Vital statistics of India. Vol. VI, European troops 1870-79
Year: 1870
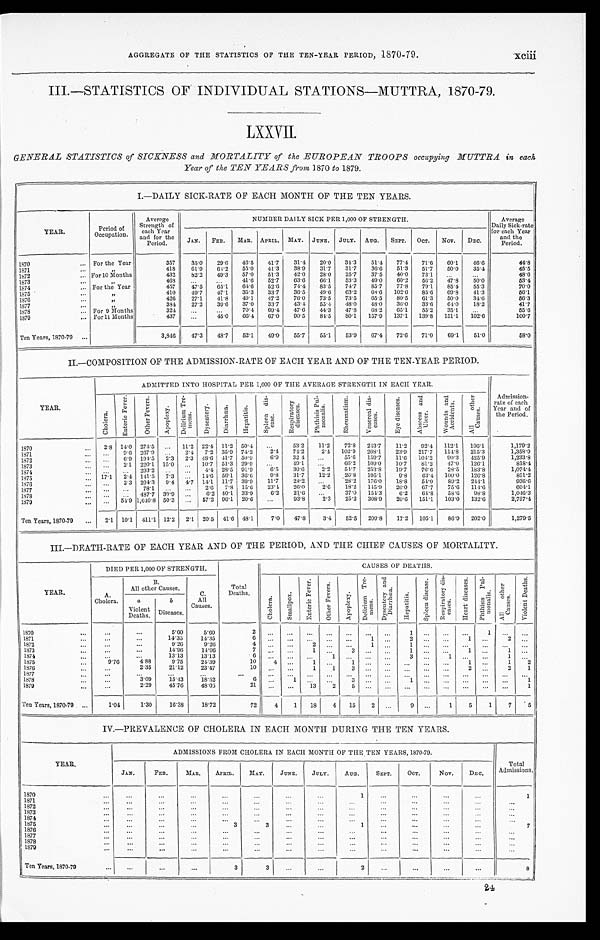
xciii
AGGREGATE OF THE STATISTICS OF THE TEN-YEAR PERIOD, 1870-79.
III.—STATISTICS OF INDIVIDUAL STATIONS—MUTTRA, 1870-79.
LXXVII.
GENERAL STATISTICS of SICKNESS and MORTALITY of the EUROPEAN TROOPS occupying MUTTRA in each
Year of the TEN YEARS from 1870 to 1879.
I.—DAILY SICK-RATE OF EACH MONTH OF THE TEN YEARS.
YEAR.
Period o
f O c c u p a t i o n .
Average
Strength of
each Year
and for the
Period.
NUMBER DAILY SICK PER 1,000 OF STRENGTH.
Average
Daily Sick-rate
for each Year
and the
Per i od.
JAN. FEB.
M A R . APRIL. MAY. JUNE. JULY. AUG. SEPT. OCT. NOV. DEC.
1870
For the Year
357 35.0 29.6 46.5 41.7 31.4 20.0 34.3 51.4 77.4 71.6 60.1 46. 6
44. 8
1 8 7 1 „
418 61.9 64.2 55.0 41.3 38.9 31.7 31.7 36.6 51.3 51.7 50.0 35. 4
45. 5
1872
For 10 Months
432 82.2 49.3 57.0 51.3 42.0 28.0 25.7 37.5 40.0 73.1
48. 6
1873
„ 468
41.6 52.7 63.6 66.1 53.3 49.0 60.2 56.2 4 7 . 8
50. 0
53. 4
1874
For the Year
457
4 7 . 5 65.1 64.6 52.6 74.4 83.5 74.7 85.7 77.8 79.1 85.4 55. 3
70. 0
1875
„
410 49.7 47.1 35.3 33.7 36.5 49.6 63.2 68.6 102.6 85.6 69.8 41.3
56. 1
1876
„
426 27.1 41.8 49.1 47.2 76.0 73.5 73.5 65.5 80.5 61.3 50.0 34. 6
56. 3
1877
„
384 27.2 39.6 37.0 33.7 43.4 55.4 48.0 48.0 36.0 33.6 64.0 18. 2
41. 7
1 8 7 8
For 9 Months
324
70.4 69.4 47.6 44.3
4 7 . 8 68.2 65.1 55. 2 35.1
55. 6
1879
For 11 Months
437
45.0 66.4 67.0 90.5 84.5 80.1 157.9 137.1 139.8 151.1 102. 6
100. 7
Ten Years, 1870-79
3,846 47.3 48.7 52.1 49.0 55.7 55.1 53.9 67.4 72.6 71.0 69.1 51. 0
58. 0
II.—COMPOSITION OF THE ADMISSION-RATE OF EACH YEAR AND OF THE TEN-YEAR PERIOD.
YEAR.
ADMITTED INTO HOSPITAL PER 1,000 OF THE AVERAGE STRENGTH IN EACH YEAR.
Admission-
rate of each
Year and of
the Period.
C h o l e r a .
E n t e r i c F e v e r .
O t h e r F e v e r s .
A p o p l e x y .
D e l i r i u m T r e -
m e n s .
D y s e n t e r y . D i a r r h œ a . H e p a t i t i s .
S p l e e n d i s -
e a s e .
R e s p i r a t o r y
d i s e a s e s .
P h t h i s i s P u l -
m o n a l i s .
R h e u m a t i s m . V e n e r e a l d i s -
e a s e s .
E y e d i s e a s e s .
A b s e s s a n d
U l c e r .
W o u n d s a n d
A c c i d e n t s .
Al l o t h e r
Caus es .
1870
2.8 14.0 274.5
11.2 22.4 11.2
5 0 . 4
53.2 11.2 72.8 243.7 11.2 92.4 112. 1 196.1
1, 179. 2
1871
9.6 267.9
2.4 7.2 35.9 74.2 2.4 74.2 2.4 102.9 208.1 23.9 217.7 114. 8 215.3
1, 358. 9
1 8 7 2
6.9 194.5 2. 3 2.3 48. 6 41.7 50.9 6.9 32 4
55.6 159.7 11.6 104.2
9 0 . 3 425.9
1, 233. 8
1873
2.1 220.1 15.0
10.7 51.3 29.9
49.1
6 6 . 2 109.0 10.7 81.2 47. 0 126.1
818. 4
1874
293.2
4.4 28.5 91.9 6.5 30.6 2.2 54.7 253.8 19.7 76.6 28. 5 183.8
1, 074. 4
1 8 7 5 17.1 2.4 141.5 7.3
14. 6 56.1 36.6 9.8 31.7 12.2 26.8 195.1 9.8 63.4
1 0 0 . 0 126.8
851.2
1876
2.3 204.3 9. 4 4.7 14.1 11.7 39.9 11.7 28.2
28.2 176.0 18.8 54.0 89. 2 244.1
936. 6
1877
78.1
2. 6 7.8 15.6 23.4 26.0 2.6 18.2 145.9 26.0 67.7 75. 6 114.6
604. 1
1878
487.7 39.9
6.2 40.1 33.9 6.2 21.6
37.0 154.3
6 . 2 64.8 58. 6 98.8
1, 046. 3
1 8 7 9
54.9 1,640.8 50.3
57.2 96.1 20.6
93.8 2.3 25.2 308.9 20.6 151.1 103. 0 132.6
2, 757. 4
Ten Years, 1870-79
2.1 10.1 411.1 12.2 2.1 20.5 41.6 48. 1
7 . 0 47.8 3.4 52.5 209.8 17.2 105.1 86. 9 202.0
1, 279. 5
III.—DEATH-RATE OF EACH YEAR AND OF THE PERIOD, AND THE CHIEF CAUSES OF MORTALITY.
YEAR.
DIED PER 1,000 OF STRENGTH.
Total
Deaths.
CAUSES OF DEATHS.
A.
Cholera.
B.
All other Causes.
C.
All
Causes.
C h o l e r a .
S m a l l p o x .
E n t e r i c F e v e r .
O t h e r F e v e r s .
A p o p l e x y .
D e l i r i u m T e r -
m e n s . Dy s e n t e r y a n d
Di a r r h œa .
H e p a t i t i s . S p l e e n d i s e a s e .
R e s p i r a t o r y d i s -
e a s e s .
H e a r t d i s e a s e s .
P h t h i s i s p u l -
m o n a l i s .
A l l o t h e r
C a u s e s . V i o l e n t D e a t h s .
a
Violent Deaths.
b
Diseases.
1870
5.60 5.60
2
1
1
1 8 7 1
14.35 14.35
6
1
2
1
2
1872
9.26
9 . 2 6
4
2
1
1
1873
14.96
1 4 . 9 6
7
1
3
1
1
1
1874
13.13 13.13
6
1
3 1
1
1875
9.76 4.88
9.75 24.39
10 4
1
1
1
1 2
1876
2.35 21.12 23.47
10
1 1
3
2
2 1
1877 1878
3.0 9 15.43 18.52
6
1
3
1
1
1879
2.29 45.76 48.05
21
13 2 5
1
Ten Years, 1870-79
1.04 1.30 16.38 18.72
72 4 1 18 4 15 2
9
1
5 1 7 5
IV.—PREVALENCE OF CHOLERA IN EACH MONTH DURING THE TEN YEARS.
YEAR.
ADMISSIONS FROM CHOLERA IN EACH MONTH OF THE TEN YEARS, 1870-79.
Total
Admissions.
JAN. FEB. MAR. APRIL. MAY. JUNE. JULY. AUG. SEPT. OCT.
N O V . DEC.
1870
1
1
1871 1872 1873 1874 1875
3
3
1
7
1876
1877 1878 1879
Ten Years, 1870-79
3
3
2
8